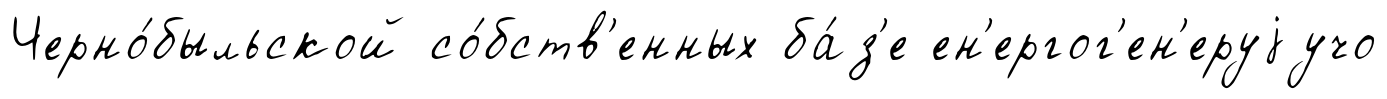
Черно́быльской со́бств'енных ба́з'е ен'ергог'ен'еруjучо